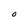
Character: O